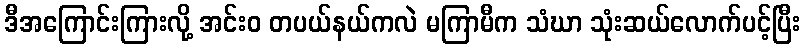
ဒီအကြောင်းကြားလို့ အင်းဝ တပယ်နယ်ကလဲ မကြာမီက သံဃာ သုံးဆယ်လောက်ပင့်ပြီး